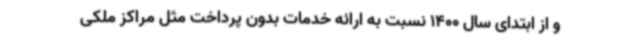
و از ابتدای سال 1400 نسبت به ارائه خدمات بدون پرداخت مثل مراکز ملکی